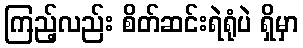
ကြည့်လည်း စိတ်ဆင်းရဲရုံပဲ ရှိမှာ